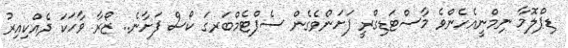
ޑިޕްލޮމާ ނިމްނީއެހެންވެ މާސްޓަޑިގްރީ ފަށަންވެގެން ސެޕްޓެމްބަރގަ ކޯސް ފަށާނެ.. ޒޯރާ ވާހަކަ ދެއްކިއިރު